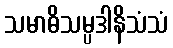
သမာဓိသမ္ပဒါနိသံသံ